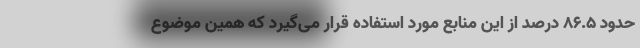
حدود 86.5 درصد از این منابع مورد استفاده قرار می‌گیرد که همین موضوع